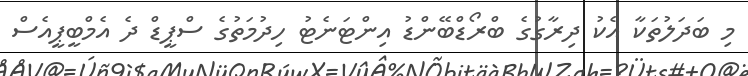
މި ބަދަލުތަކާ އެކު ދިރާގުގެ ބްރޯޑްބޭންޑު އިންޓަނެޓު ހިދުމަތުގެ ސްޕީޑް ދެ އެމްބީޕީއެސް